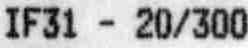
IF31 - 20/300